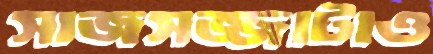
সাজসজ্জাটাও